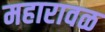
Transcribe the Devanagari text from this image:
महारावळ